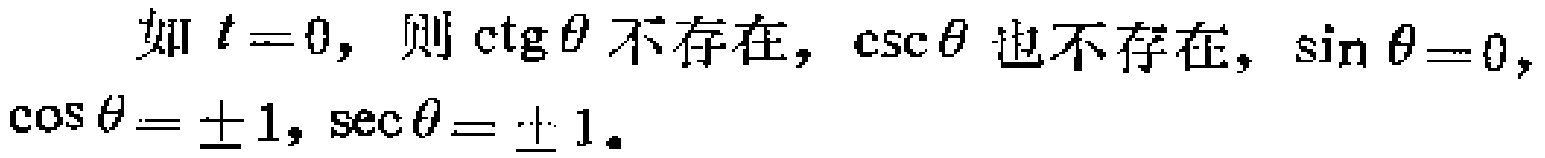
如 \(t = 0\)，则 \(\cot\theta\) 不存在，\(\csc\theta\) 也不存在，\(\sin\theta = 0\)，\(\cos\theta=\pm1\)，\(\sec\theta=\pm1\)。